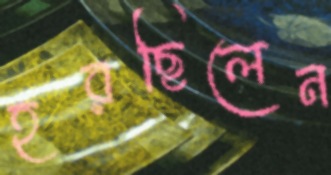
হরছিলেন